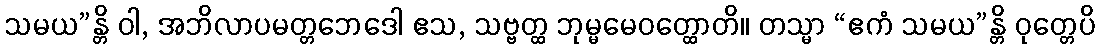
သမယ”န္တိ ဝါ, အဘိလာပမတ္တဘေဒေါ ဧသ, သဗ္ဗတ္ထ ဘုမ္မမေဝတ္ထောတိ။ တသ္မာ “ဧကံ သမယ”န္တိ ဝုတ္တေပိ